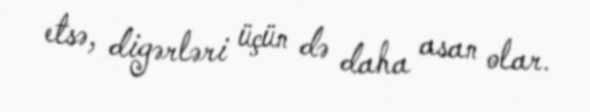
etsə, digərləri üçün də daha asan olar.